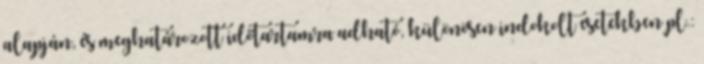
alapján, és meghatározott időtartamra adható, különösen indokolt esetekben pl.: